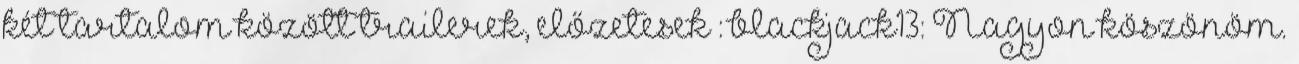
két tartalom között trailerek, előzetesek : blackjack13: Nagyon köszönöm.